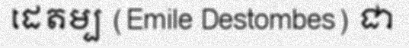
ដេតម្ប (Emile Destombes) ជា